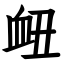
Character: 衄